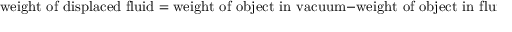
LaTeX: { \mathrm { ~ w e i g h t ~ o f ~ d i s p l a c e d ~ f l u i d } } = { \mathrm { w e i g h t ~ o f ~ o b j e c t ~ i n ~ v a c u u m } } - { \mathrm { w e i g h t ~ o f ~ o b j e c t ~ i n ~ f l u i d } }